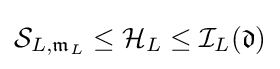
{\mathcal {S}}_{L,{\mathfrak {m}}_{L}}\leq {\mathcal {H}}_{L}\leq {\mathcal {I}}_{L}({\mathfrak {d}})